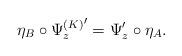
LaTeX: \begin{align*} \eta_B \circ {\Psi^{(K)}_z}' = \Psi'_z \circ \eta_A .\end{align*}